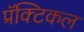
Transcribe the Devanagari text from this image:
प्रॅक्टिकल